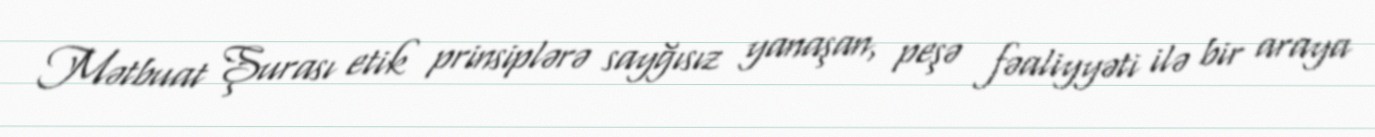
Mətbuat Şurası etik prinsiplərə sayğısız yanaşan, peşə fəaliyyəti ilə bir araya